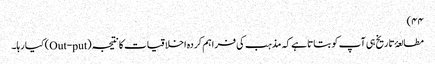
۴۴)
مطالعۂ تاریخ ہی آپ کو بتاتا ہے کہ مذہب کی فراہم کردہ اخلاقیات کا نتیجہ (Out-put) کیا رہا۔